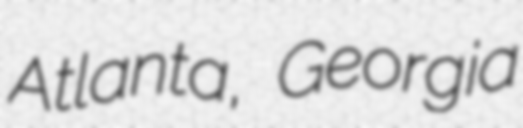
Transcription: Atlanta, Georgia